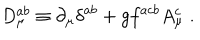
D _ { \mu } ^ { a b } \equiv \partial _ { \mu } \delta ^ { a b } + g f ^ { a c b } A _ { \mu } ^ { c } \; .